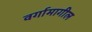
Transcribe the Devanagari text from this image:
वर्गामागील